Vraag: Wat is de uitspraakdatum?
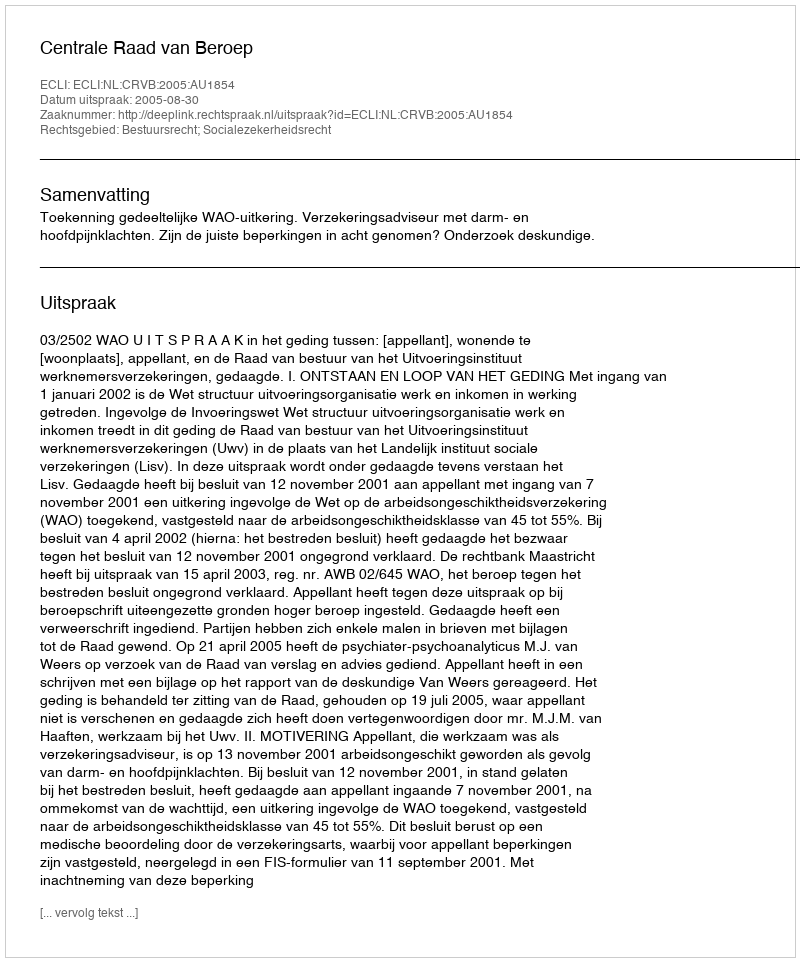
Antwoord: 2005-08-30